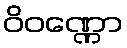
ဝိဝဏ္ဏော